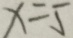
x = 5